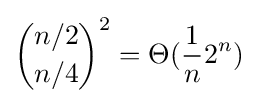
{\binom {n/2}{n/4}}^{2}=\Theta ({\frac {1}{n}}2^{n})